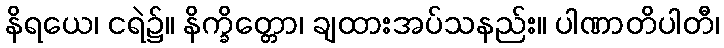
နိရယေ၊ ငရဲ၌။ နိက္ခိတ္တော၊ ချထားအပ်သနည်း။ ပါဏာတိပါတီ၊